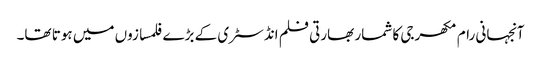
آنجہانی رام مکھرجی کا شمار بھارتی فلم انڈسٹری کے بڑے فلمسازوں میں ہوتا تھا۔